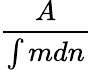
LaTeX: \frac{A}{\int mdn}